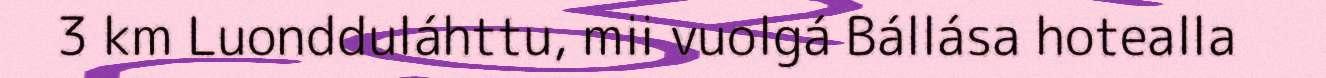
3 km Luondduláhttu, mii vuolgá Bállása hotealla